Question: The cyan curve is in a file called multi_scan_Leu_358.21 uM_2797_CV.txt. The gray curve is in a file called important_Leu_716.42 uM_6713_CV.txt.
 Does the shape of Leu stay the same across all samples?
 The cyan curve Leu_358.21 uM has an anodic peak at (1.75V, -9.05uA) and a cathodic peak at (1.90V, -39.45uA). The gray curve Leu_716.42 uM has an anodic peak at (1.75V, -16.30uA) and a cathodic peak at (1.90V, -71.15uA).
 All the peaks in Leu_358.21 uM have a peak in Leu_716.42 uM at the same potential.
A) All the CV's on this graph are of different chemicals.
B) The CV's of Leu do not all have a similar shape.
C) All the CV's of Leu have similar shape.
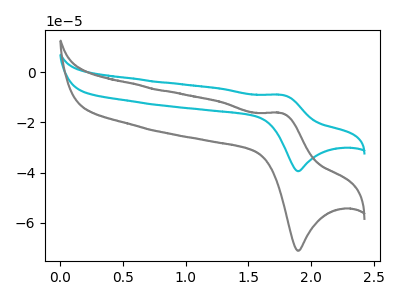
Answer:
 <answer>C) All the CV's of "Leu" have similar shape.</answer>
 <eval>C</eval>